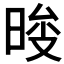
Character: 𣇚